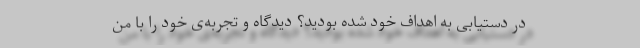
در دستیابی به اهداف خود شده بودید؟ دیدگاه‌ و تجربه‌ی خود را با من